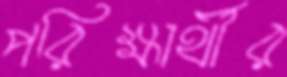
পরিক্ষার্থীর